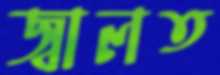
জ্বালত